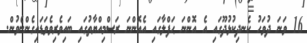
16 ވަނަ ދުވަހު ކެނދިކުޅުދޫގައި އެ އޮންނަ ޙަފްލާގައި އެއޮންނަ ރަސްމިއްޔާތުގައި ބައިވެރިވެވަޑައިގެންނެވުން.